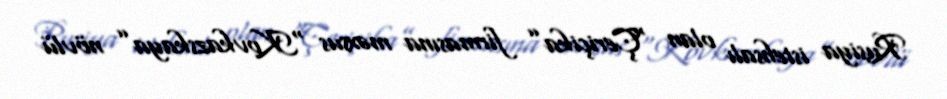
Rusiya istehsalı olan “Çeriçika” firmasına məxsus “Kovkazskaya” növlü